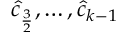
\hat { c } _ { \frac 3 2 } , \ldots , \hat { c } _ { k - 1 }